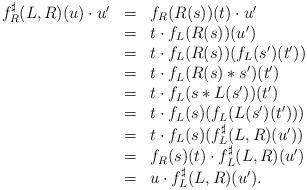
LaTeX: \begin{align*}\begin{array}{lll}f^\sharp_R(L,R)(u)\cdot u'&=&f_R(R(s))(t)\cdot u'\\&=&t\cdot f_L(R(s))(u')\\&=&t\cdot f_L(R(s))(f_L(s')(t'))\\&=&t\cdot f_L(R(s)*s')(t')\\&=&t\cdot f_L(s*L(s'))(t')\\&=&t\cdot f_L(s)(f_L(L(s')(t')))\\&=&t\cdot f_L(s)(f^\sharp_L(L,R)(u'))\\&=&f_R(s)(t)\cdot f^\sharp_L(L,R)(u')\\&=&u\cdot f^\sharp_L(L,R)(u').\end{array}\end{align*}